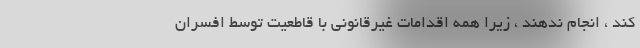
کند ، انجام ندهند ، زیرا همه اقدامات غیرقانونی با قاطعیت توسط افسران